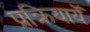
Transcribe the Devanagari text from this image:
प्रक्रियायेँ